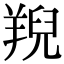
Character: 䍲